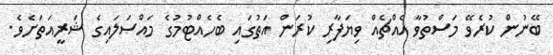
ބޭނުން ކުރެވޭ މަސްތުވާ އެއްޗެއް ވިޔަފާރި ކުރަން އަތުގައި ބެހެއްޓުމުގެ މައްސަލައިގެ ޝަރީއަތަށެވެ.